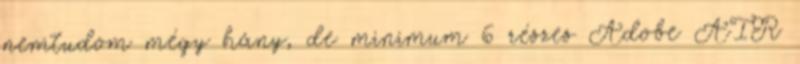
nemtudom mégy hány, de minimum 6 részes Adobe AIR